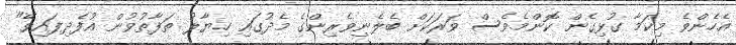
އެހެންވެ މިކަމާ ގުޅިގެން ކޮންމެވެސް ވަރަކަށް ބެލެނިވެރިންގެ މެދުގައި ހިޔާލު ތަފާތުވުން އުފެދިފައިވޭ"